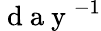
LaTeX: \mathrm{~d~a~y~}^{-1}